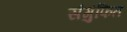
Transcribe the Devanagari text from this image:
संगुंफित